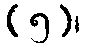
(၅)၊